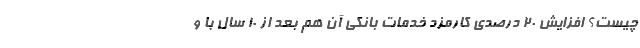
چیست؟ افزایش ۲۰ درصدی کارمزد خدمات بانکی آن هم بعد از ۱۰ سال با و